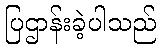
ပြဌာန်းခဲ့ပါသည်